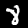
Label: 8